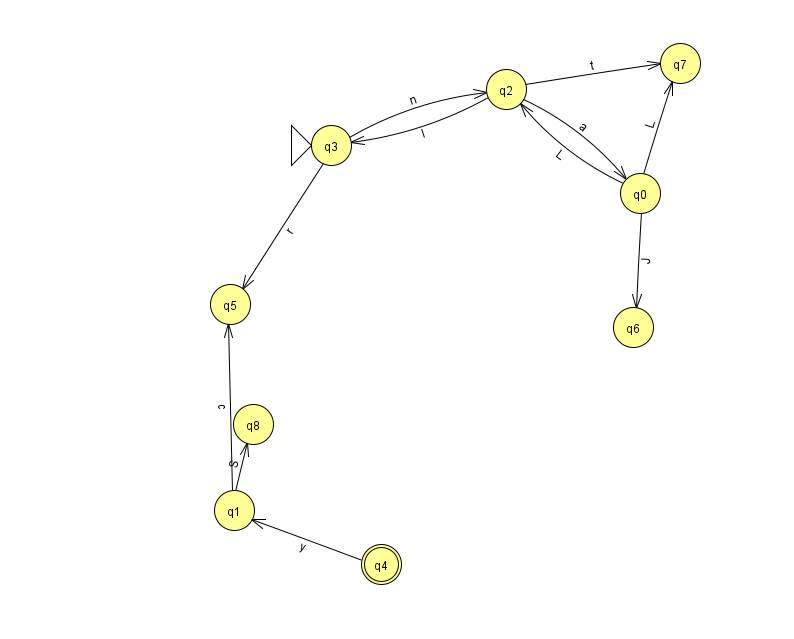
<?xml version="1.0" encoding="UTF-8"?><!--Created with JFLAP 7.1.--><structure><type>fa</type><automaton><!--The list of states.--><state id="0" name="q0"><x>640.0</x><y>180.0</y></state><state id="1" name="q1"><x>234.0</x><y>497.0</y></state><state id="2" name="q2"><x>506.0</x><y>76.0</y></state><state id="3" name="q3"><x>331.0</x><y>132.0</y><initial/></state><state id="4" name="q4"><x>381.0</x><y>551.0</y><final/></state><state id="5" name="q5"><x>230.0</x><y>291.0</y></state><state id="6" name="q6"><x>633.0</x><y>314.0</y></state><state id="7" name="q7"><x>680.0</x><y>50.0</y></state><state id="8" name="q8"><x>253.0</x><y>411.0</y></state><!--The list of transitions.--><transition><from>1</from><to>8</to><read>S</read></transition><transition><from>0</from><to>2</to><read>L</read></transition><transition><from>2</from><to>3</to><read>l</read></transition><transition><from>3</from><to>2</to><read>n</read></transition><transition><from>2</from><to>0</to><read>a</read></transition><transition><from>0</from><to>6</to><read>J</read></transition><transition><from>2</from><to>7</to><read>t</read></transition><transition><from>0</from><to>7</to><read>L</read></transition><transition><from>3</from><to>5</to><read>r</read></transition><transition><from>1</from><to>5</to><read>c</read></transition><transition><from>4</from><to>1</to><read>y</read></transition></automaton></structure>